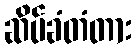
ဆိပ်ခံတံတား